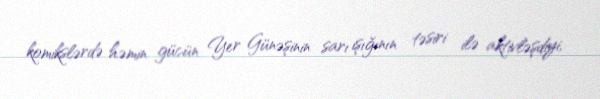
komikslərdə həmin gücün Yer Günəşinin sarı işığının təsiri ilə aktivləşdiyi,